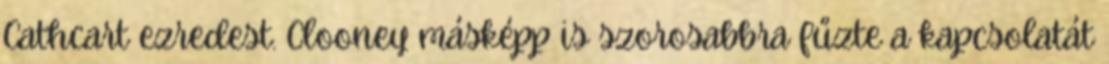
Cathcart ezredest. Clooney másképp is szorosabbra fűzte a kapcsolatát